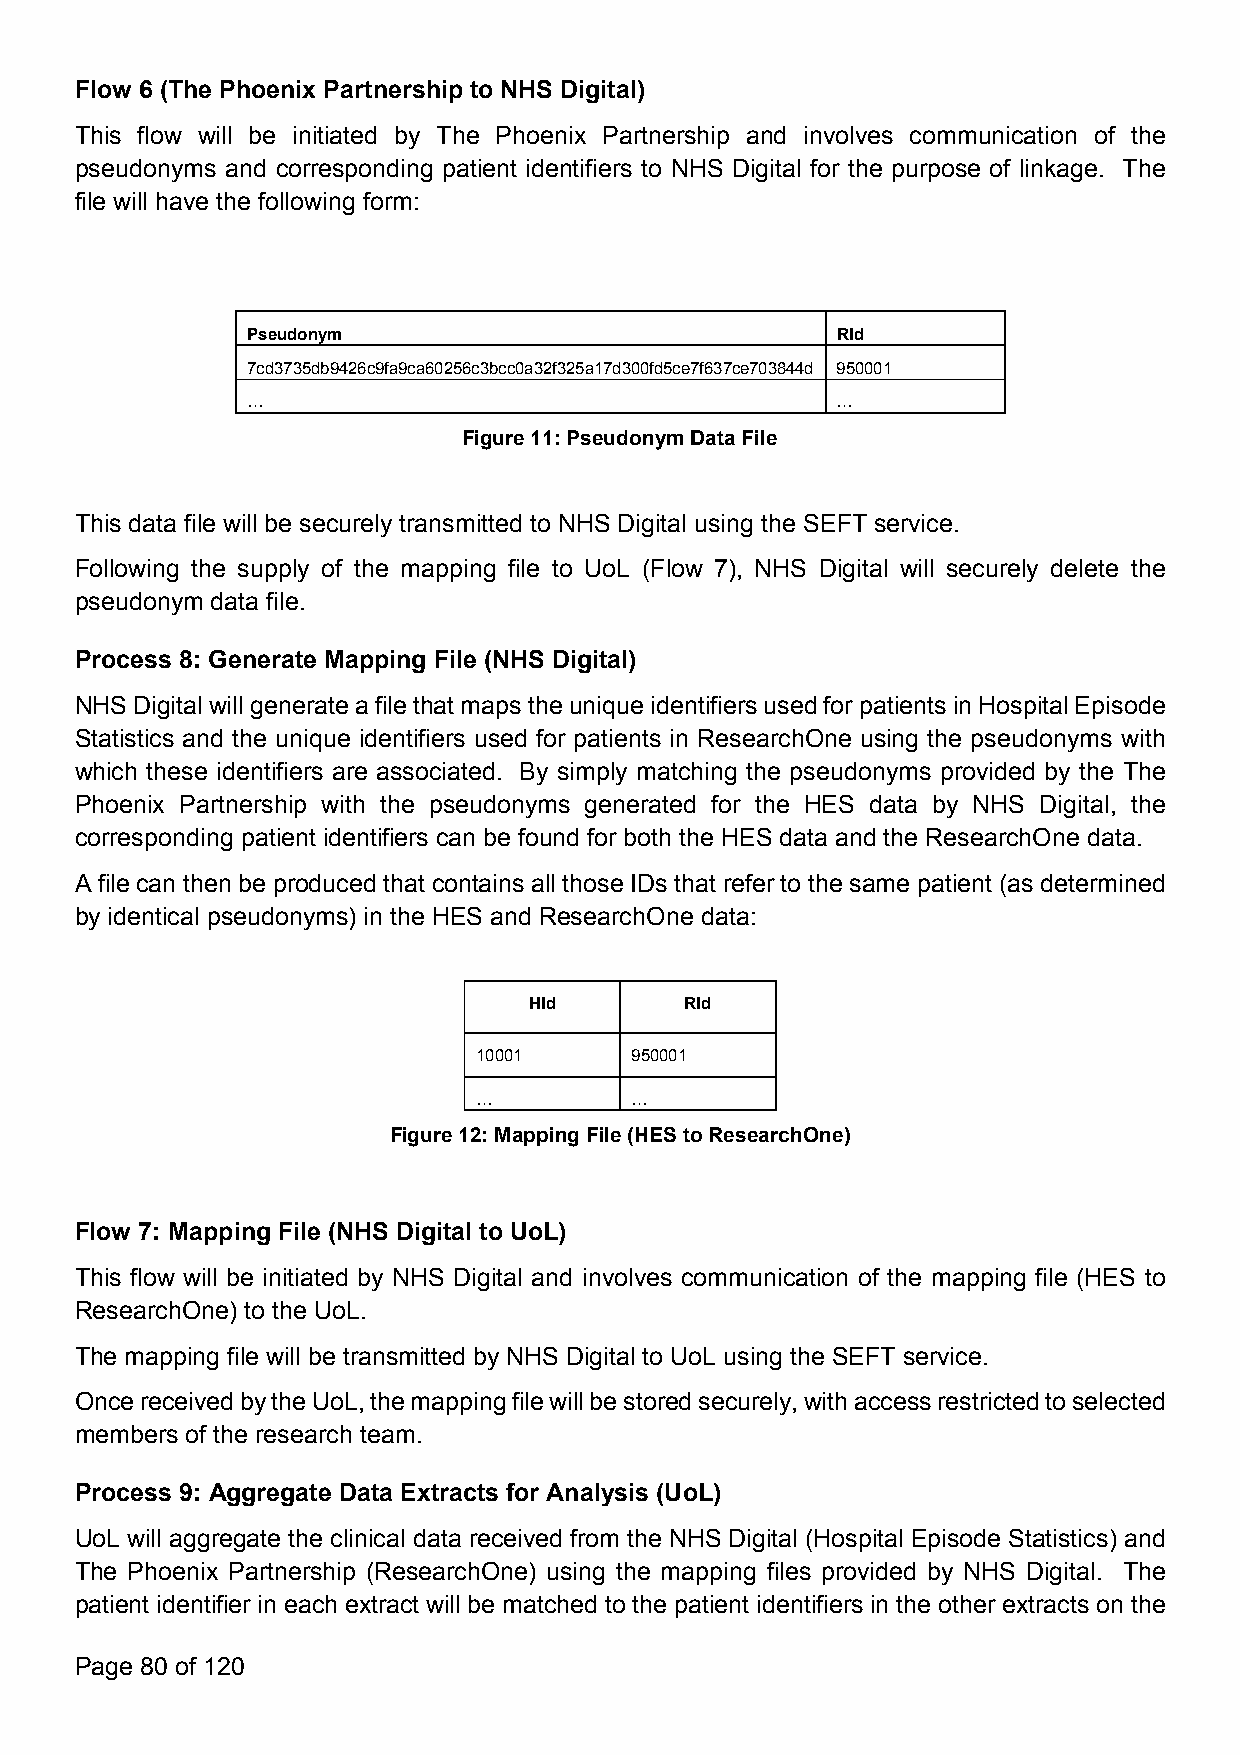
Flow 6 (The Phoenix Partnership to NHS Digital)
 This flow will be initiated by The Phoenix Partnership and involves communication of the
 pseudonyms and corresponding patient identifiers to NHS Digital for the purpose of linkage. The
 file will have the following form:
 Pseudonym                              RId
 7cd3735db9426c9fa9ca60256c3bcc0a32f325a17d300fd5ce7f637ce703844d 950001
 …                                      …
 Figure11:PseudonymDataFile
 This data file will be securely transmitted to NHS Digital using the SEFT service.
 Following the supply of the mapping file to UoL (Flow 7), NHS Digital will securely delete the
 pseudonym data file.
 Process 8: Generate Mapping File (NHS Digital)
 NHS Digitalwillgenerate afilethatmapstheunique identifiersusedforpatientsin HospitalEpisode
 Statistics and the unique identifiers used for patients in ResearchOne using the pseudonyms with
 which these identifiers are associated. By simply matching the pseudonyms provided by the The
 Phoenix Partnership with the pseudonyms generated for the HES data by NHS Digital, the
 corresponding patient identifiers can be found for both the HES data and the ResearchOne data.
 A file can then be produced that contains all those IDs that refer to the same patient (as determined
 by identical pseudonyms) in the HES and ResearchOne data:
 HId       RId
 10001     950001
 …         …
 Figure12:MappingFile(HEStoResearchOne)
 Flow 7: Mapping File (NHS Digital to UoL)
 This flow will be initiated by NHS Digital and involves communication of the mapping file (HES to
 ResearchOne) to the UoL.
 The mapping file will be transmitted by NHS Digital to UoL using the SEFT service.
 OncereceivedbytheUoL,themappingfilewillbestoredsecurely,withaccessrestrictedtoselected
 members of the research team.
 Process 9: Aggregate Data Extracts for Analysis (UoL)
 UoL will aggregate the clinical data received from the NHS Digital (Hospital Episode Statistics) and
 The Phoenix Partnership (ResearchOne) using the mapping files provided by NHS Digital. The
 patient identifier in each extract will be matched to the patient identifiers in the other extracts on the
 Page 80 of 120